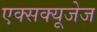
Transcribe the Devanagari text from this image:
एक्सक्यूजेज